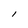
Character: l